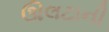
ઊલટાની